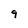
Character: 9